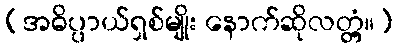
(အဓိပ္ပာယ်ရှစ်မျိုး နောက်ဆိုလတ္တံ့။)